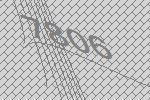
7806